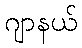
ဂျာနယ်